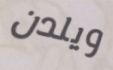
ويلدن